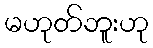
မဟုတ်ဘူးဟု